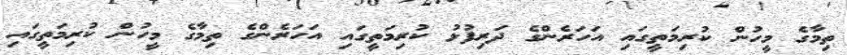
ތިމާގެ މީހުން ކުރިމަތީގައި އަހަރެންގެ ދަރިފުޅު ކުރިމަތީގައި އަހަރެންގެ ތިމާގެ މީހުން ކުރިމަތީގައި